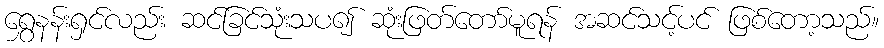
ရွှေနန်းရှင်လည်း ဆင်ခြင်သုံးသပ၍ ဆုံးဖြတ်တော်မူရန် အဆင်သင့်ပင် ဖြစ်တော့သည်။